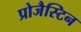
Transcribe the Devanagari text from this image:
प्रोजैस्टिन